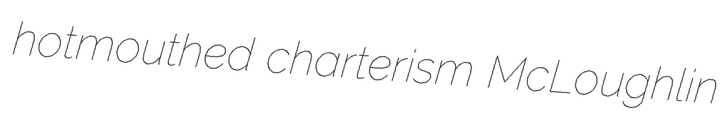
hotmouthed charterism McLoughlin